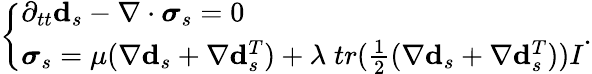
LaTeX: \left\{ \begin{array}{ll}{\partial_{tt}\mathbf{d}_{s}-\nabla\cdot\boldsymbol{\sigma}_{s}=0}\\ {\boldsymbol{\sigma}_{s}=\mu(\nabla\mathbf{d}_{s}+\nabla\mathbf{d}_{s}^{T})+\lambda\; tr(\frac{1}{2}(\nabla\mathbf{d}_{s}+\nabla\mathbf{d}_{s}^{T}))I}\end{array}\right..